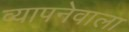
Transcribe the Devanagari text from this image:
व्यापनेवाला